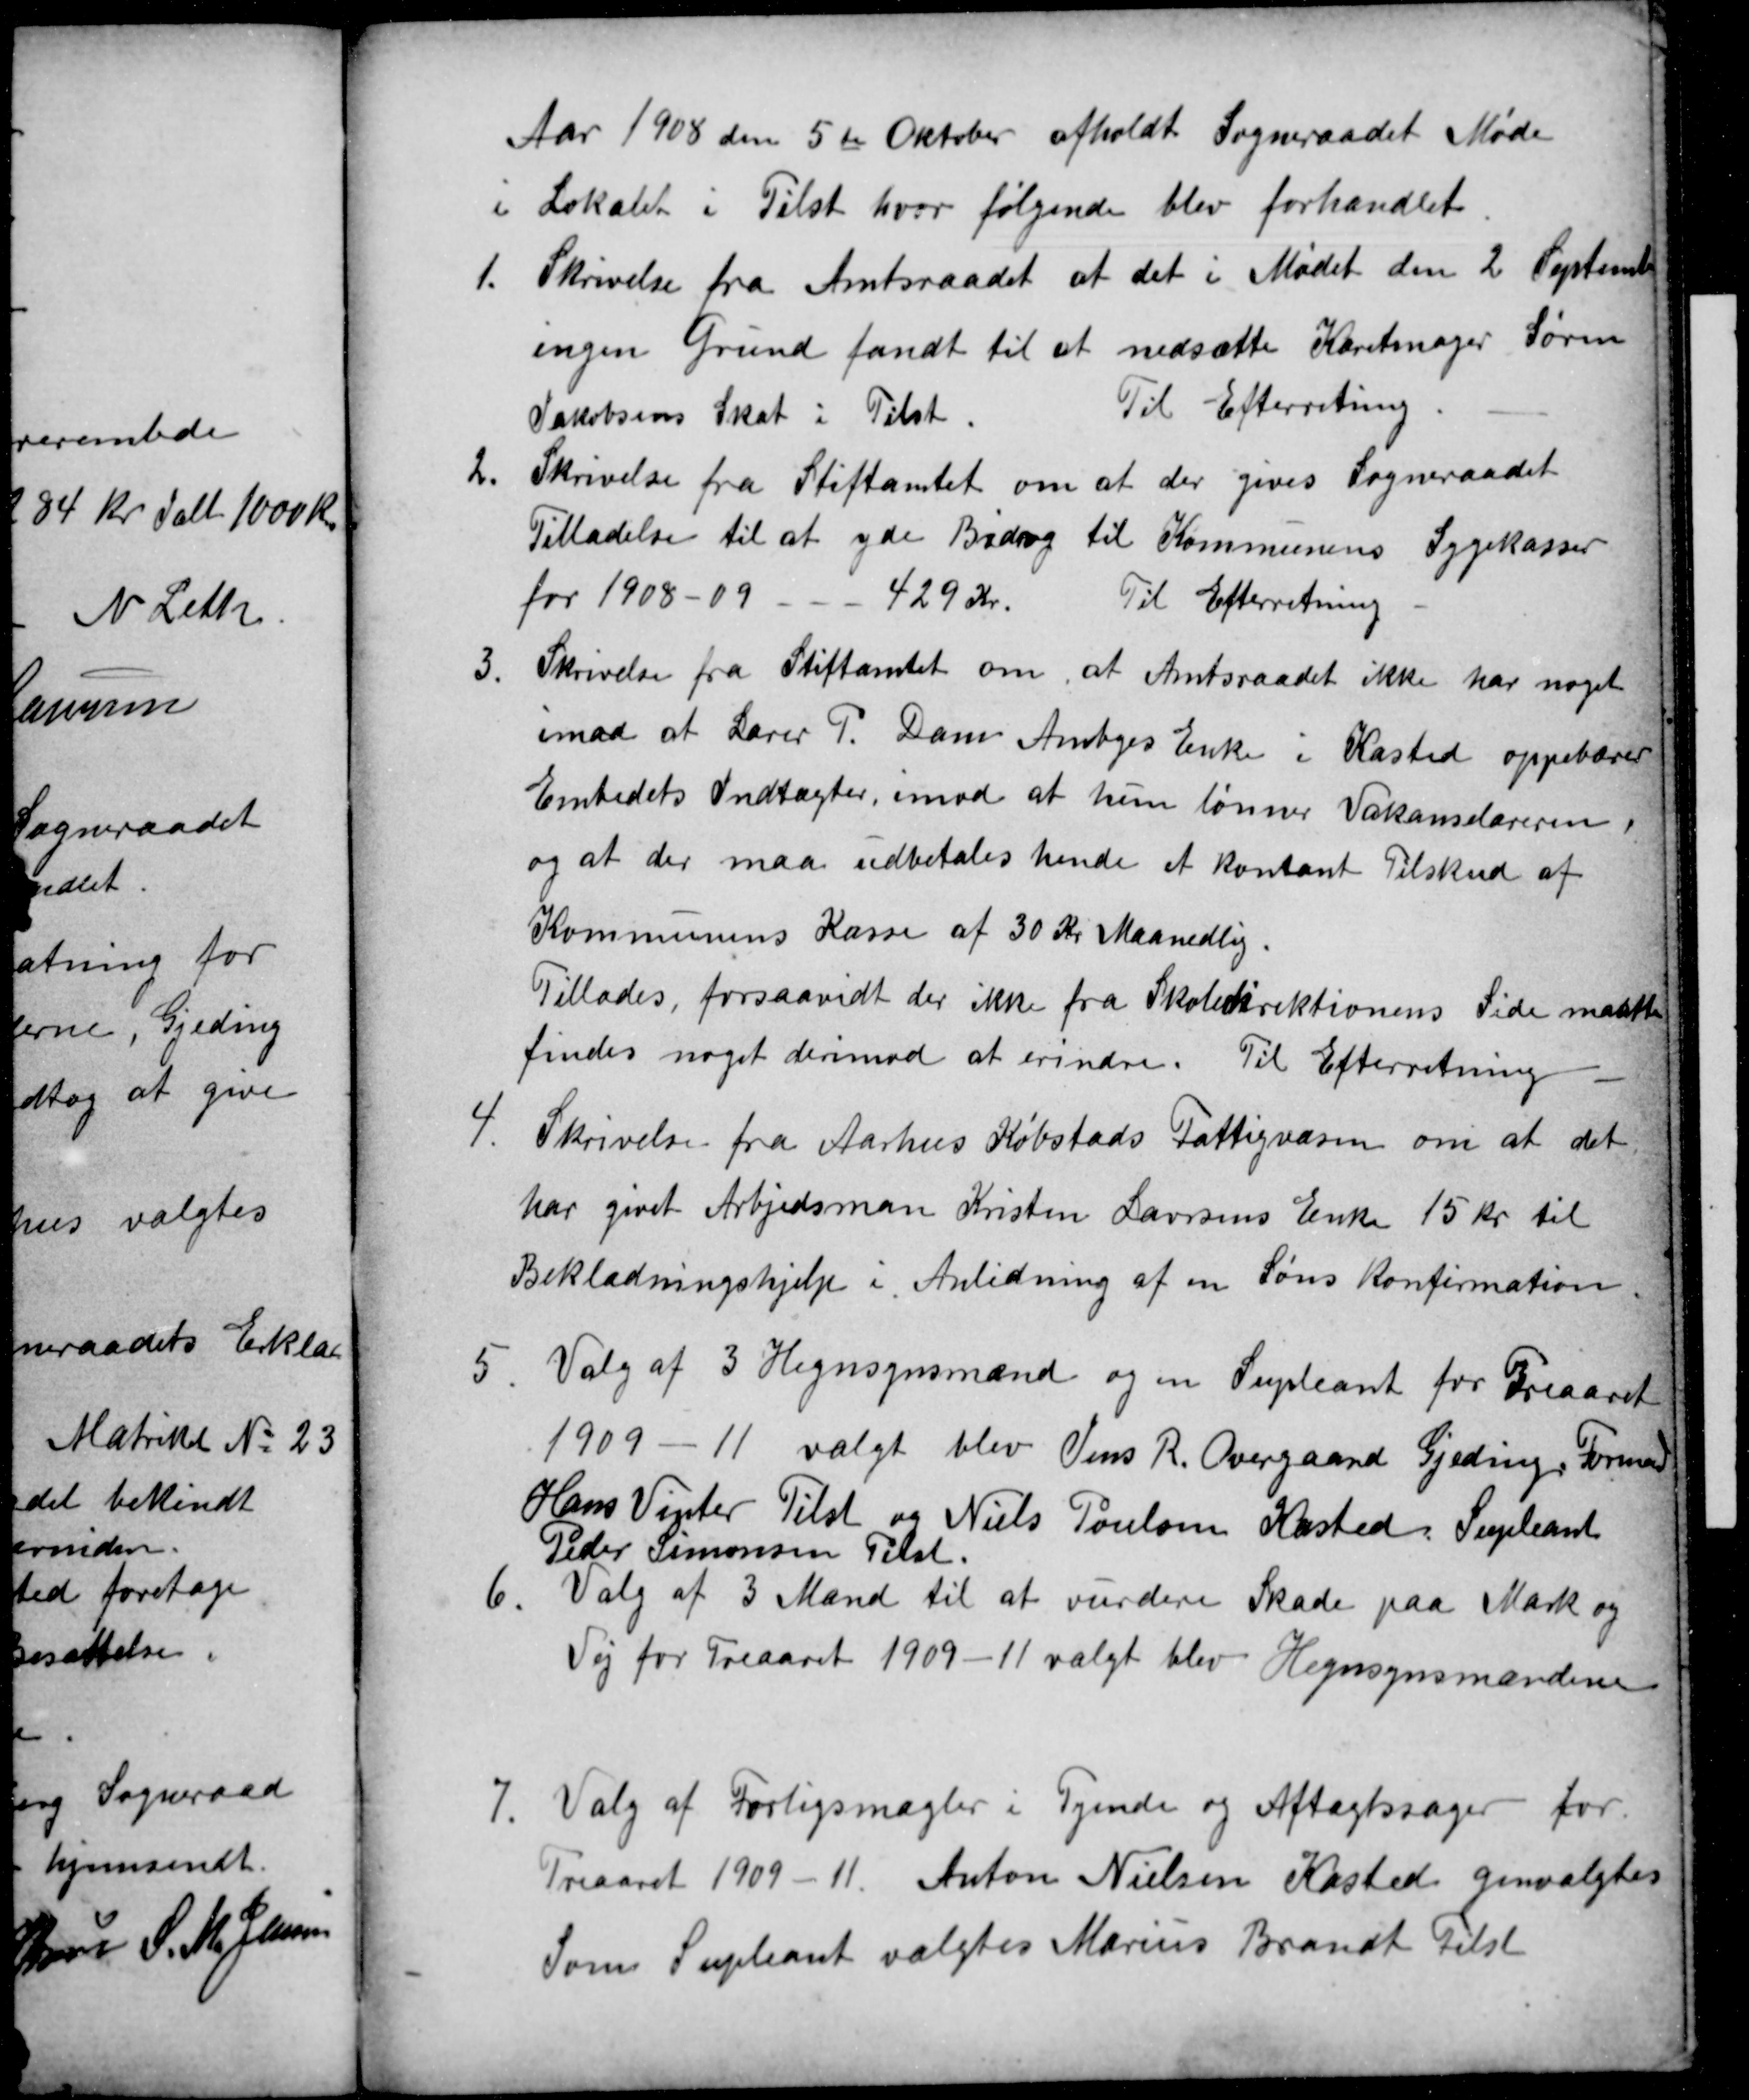
Transskription:
Aar 1908 den 5te Oktober afholdt Sogneraadet Møde
i Lokalet i Tilst hvor følgende blev forhandlet.
1.
Skrivelse fra Amtsraadet at det i Mødet den 2 Septemb
ingen Grund fandt til at nedsætte Karetmager Søren
Jakobsens Skat i Tilst.
Til Efterretning.
2.
Skrivelse fra Stiftamtet om at der gives Sogneraadet
Tilladelse til at yde Bidrag til Kommunens Sygekasser
for 1908-09 429 Kr.
Til Efterretning
3
Skrivelse fra Stiftamtet om, at Amtsraadet ikke har noget
imod at Lærer P. Dam Ambys Enke i Kasted oppebærer
Embedets Indtægter, imod at hun lønner Vakanselæreren,
og at der maa udbetales hende et kontant Tilskud af
Kommunens Kasse af 30 Kr Maanedlig.
Tillodes, forsaavidt der ikke fra Skoledirektionens Side maatte
findes noget derimod at erindre. Til Efterretning
4.
Skrivelse fra Aarhus Købstads Fattigvæsen om at det
har givet Arbjedsman Kristen Laursens Enke 15 Kr til
Beklædningshjælp i Anledning af en Søns Konfirmation.
5
Valg af 3 Hegnsynsmænd og en Supleant for Treaaret
1909 - 11 valgt blev Jens R. Overgaard Gjeding, Formand
Hans Vinter Tilst og Niels Poulsen Kasted, Supleant
Peder Simonsen Tilst.
6
Valg af 3 Mænd til at vurdere Skade paa Mark og
Vej for Treaaret 1909-11 valgt blev Hegnsynsmændene
7
Valg af Forligsmægler i Tyende og Aftægtssager for
Treaaret 1909-11. Anton Nielsen Kasted genvalgtes
Som Supleant valgtes Marius Brandt Tilst